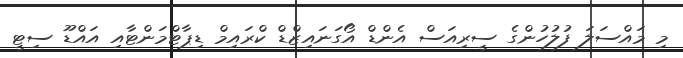
މި މައްސަލަ ފުލުހުންގެ ސީރިއަސް އެންޑް އޯގަނައިޒްޑް ކްރައިމް ޑިޕާޓްމަންޓާއި އައްޑޫ ސިޓީ